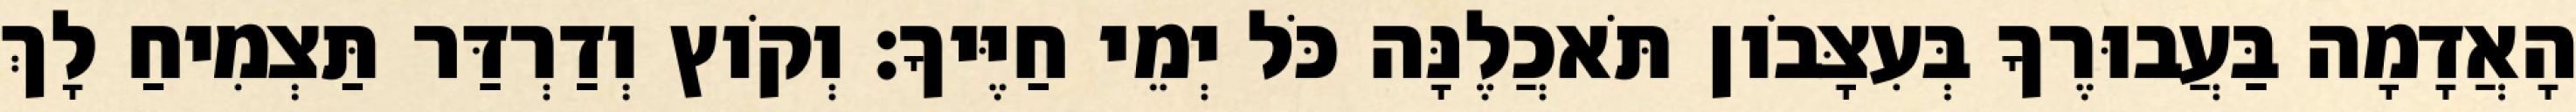
הָאֲדָמָה בַּעֲבוּרֶךָ בְּעִצָּבֹון תֹּאכֲלֶנָּה כֹּל יְמֵי חַיֶּיךָ׃ וְקֹוץ וְדַרְדַּר תַּצְמִיחַ לָךְ